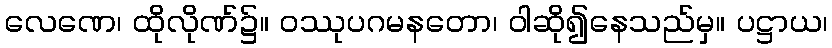
လေဏေ၊ ထိုလိုဏ်၌။ ဝဿုပဂမနတော၊ ဝါဆို၍နေသည်မှ။ ပဋ္ဌာယ၊